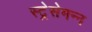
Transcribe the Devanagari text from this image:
स्ट्रेसेमन्न